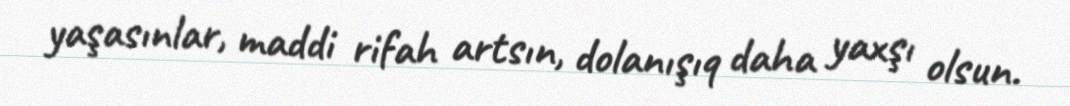
yaşasınlar, maddi rifah artsın, dolanışıq daha yaxşı olsun.